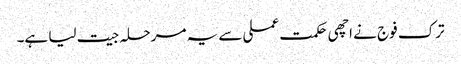
ترک فوج نے اچھی حکمت عملی سے یہ مرحلہ جیت لیا ہے۔